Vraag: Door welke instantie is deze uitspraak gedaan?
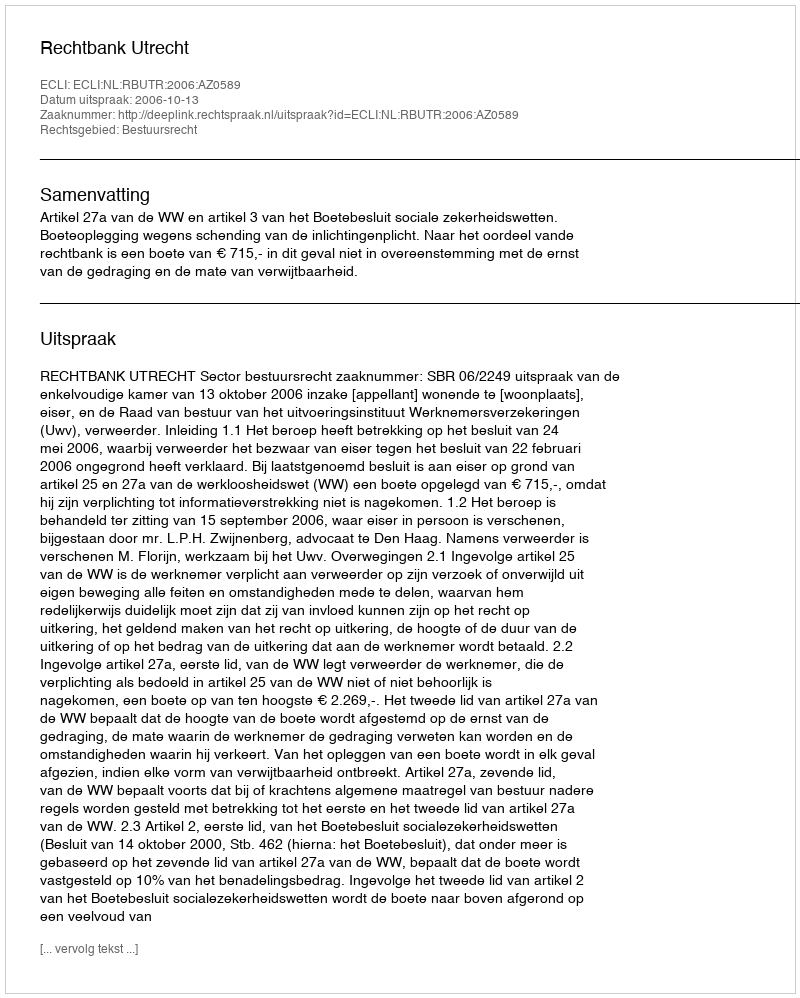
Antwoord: Rechtbank Utrecht